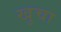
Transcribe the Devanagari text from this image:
खुचा